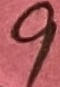
Text: 9